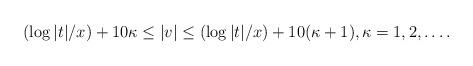
LaTeX: \begin{align*} (\log |t|/x) +10\kappa \leq |v| \leq (\log |t|/x) +10(\kappa+1), \kappa = 1, 2, \ldots. \end{align*}